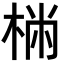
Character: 𣔐